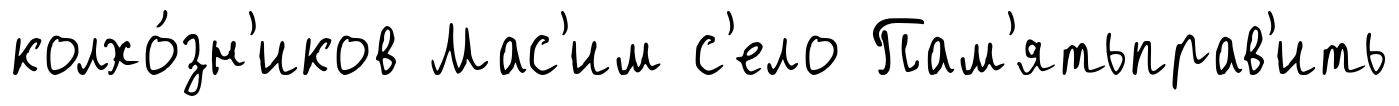
колхо́зн'иков Мас'им с'ело Пам'ятьправ'ить